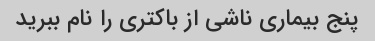
پنج بیماری ناشی از باکتری را نام ببرید